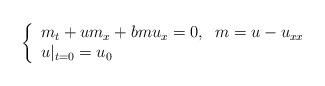
LaTeX: \begin{align*}\left\{\begin{array}{l}m_t+u m_x+b m u_x=0,\;\;m=u-u_{xx}\\u|_{t=0}=u_0\end{array}\right.\end{align*}